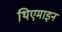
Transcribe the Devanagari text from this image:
थिएमाइन